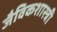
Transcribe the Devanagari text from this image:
जैविकशास्त्री